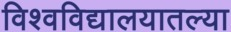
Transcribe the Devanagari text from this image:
विश्वविद्यालयातल्या